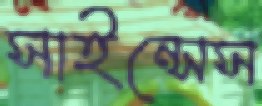
সাইন্সেস